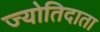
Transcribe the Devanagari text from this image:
ज्योतिदाता